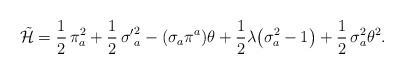
LaTeX: \begin{align*}\tilde {\cal H} = \frac{1}{2}\,\pi^2_a + \frac{1}{2}\,{\sigma^\prime} ^2_a - (\sigma_a\pi^a)\theta +\frac{1}{2}\lambda \bigl(\sigma^2_a - 1\bigr)+ \frac{1}{2}\,\sigma^2_a\theta^2 .\end{align*}